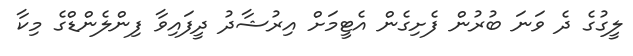
ލީގުގެ ދެ ވަނަ ބުރުން ފެށިގެން އެޓީމަށް އިރުޝާދު ދީފައިވާ ފިންލެންޑްގެ މިކާ